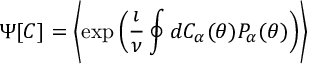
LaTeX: \Psi [ C ] = \left\langle \exp \left( \frac { \i } { \nu } \oint d C _ { \alpha } ( \theta ) P _ { \alpha } ( \theta ) \right) \right\rangle